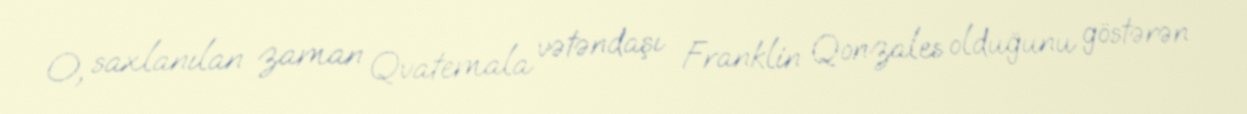
O, saxlanılan zaman Qvatemala vətəndaşı Franklin Qonzales olduğunu göstərən